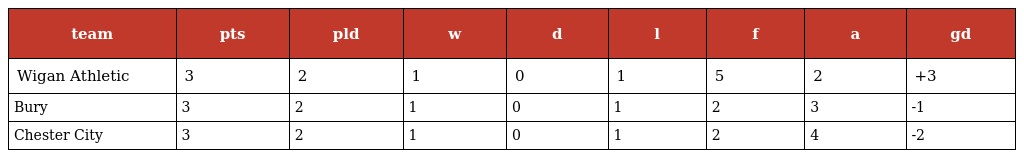
| team | pts | pld | w | d | l | f | a | gd |
 | --- | --- | --- | --- | --- | --- | --- | --- | --- |
 | Wigan Athletic | 3 | 2 | 1 | 0 | 1 | 5 | 2 | +3 |
 | Bury | 3 | 2 | 1 | 0 | 1 | 2 | 3 | -1 |
 | Chester City | 3 | 2 | 1 | 0 | 1 | 2 | 4 | -2 |